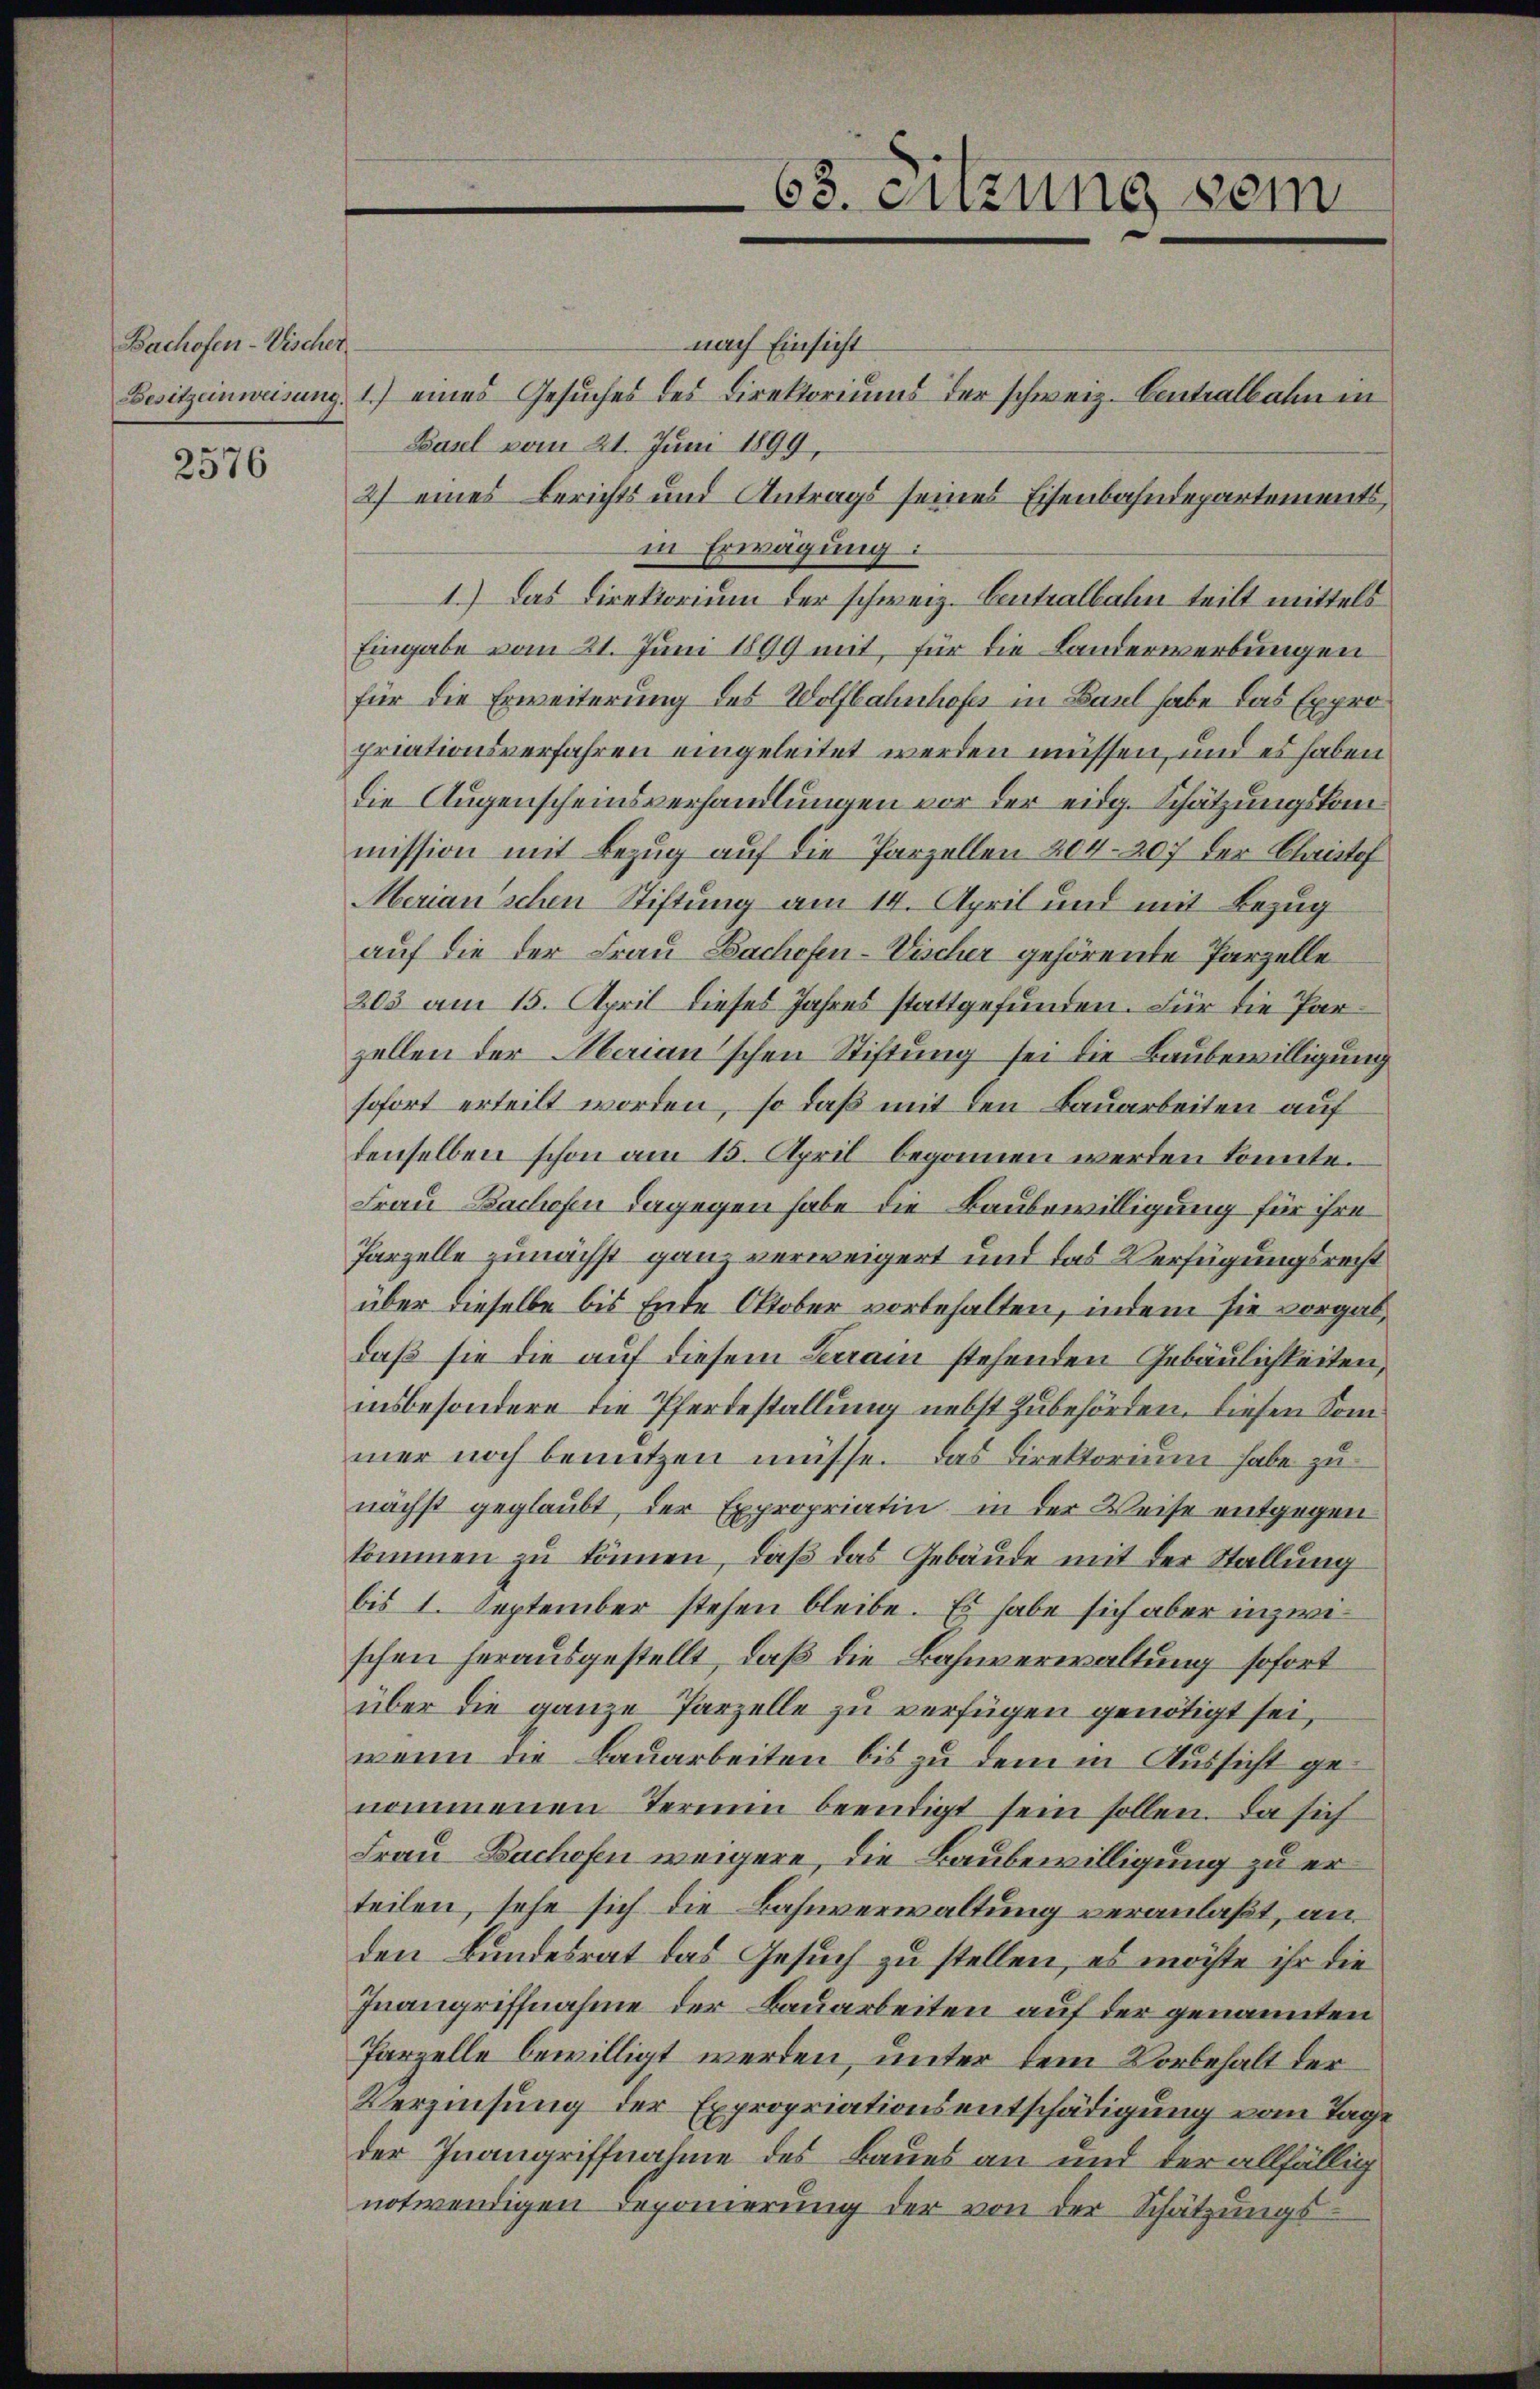
Bachofen-Vischer

2576

nach Einsicht
Besitzeinweisung 1.) eines Gesŭches des Direktoriums der schweiz. Centralbahn in
Basel vom 21. Juni 1899,
2) eines Berichts und Antrags seines Eisenbahndepartements,
in Erwägung:
1.) Das Direktorium der schweiz. Centralbahn teilt mittels
Eingabe vom 21. Juni 1899 mit, für die Landerwerbungen
für die Erweiterung des Wolfbahnhofes in Baul habe das Expro
priationsverfahren eingeleitet werden müssen, und es haben
die Augenscheinsverhandlungen vor der eidg. Schätzungskom
mission mit Bezug auf die Parzellen 204. 207 der Christof
Merian'schen Stiftung am 14. April und mit Bezug
auf die der Frau Bachofen-Vischer gehörende Parzelle
203 am 15. April dieses Jahres stattgefunden. Für die Parzellen der Aberian'schen Stiftung sei die Baubewilligung
sofort erteilt worden, so daß mit den Bauarbeiten auf
denselben schon am 15. April begonnen werden könnte.
Frau Bachofen dagegen habe die Baubewilligung für ihre
Parzelle zunächst ganz verweigert und das Verfügungsrecht
über dieselbe bis Ende Oktober vorbehalten, indem sie vorgab,
daß sie die auf diesem Legram stehenden Gebäulichkeiten,
insbesondere die Pferdestallung nebst Zubehörden. Diesen Sommer noch benutzen müsse. Das Direktorium habe zu
nächst geglaubt, der Expropriatin in der Weise entgegen
kommen zu können, daß das Gebäude mit der Stallung
bis 1. September stehen bleibe. Es habe sich aber inzwischen herausgestellt, daß die Bahnverwaltung sofort
über die ganze Parzelle zu verfügen genötigt sei,
wenn die Bauarbeiten bis zu dem in Aussicht genommenen Termin beendigt sein sollen. Da sich
Frau Bachofen weigere, die Baubewilligung zu erteilen, sehe sich die Bahnverwaltung veranlaßt, anden Bundesrat das Gesuch zu stellen, es möchte ihr die
Inangriffnahme der Bauarbeiten auf der genannten
Parzelle bewilligt werden, unter dem Vorbehalt der
Verzinsung der Expropriationsentschädigung vom Tage
der Inangriffnahme des Baues an und der allfällig
notwendigen Deponierung der von der Schätzungs¬

63. Sitzung dem